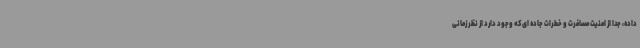
داده، جدا از امنیت مسافرت و خطرات جاده ای که وجود دارد از نظر زمانی